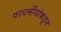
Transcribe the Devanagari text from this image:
परधर्मीयांकडून